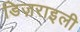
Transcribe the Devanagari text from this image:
डिज़राइली